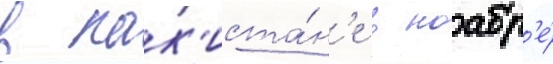
в пак'иста́н'е в ноабр'е́